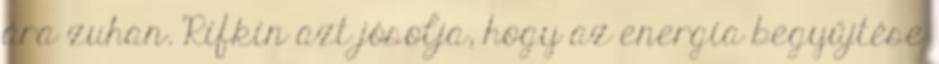
ára zuhan. Rifkin azt jósolja, hogy az energia begyűjtése